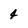
Character: 4